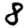
Digit: 8